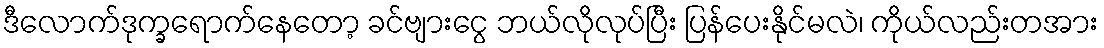
ဒီလောက်ဒုက္ခရောက်နေတော့ ခင်ဗျားငွေ ဘယ်လိုလုပ်ပြီး ပြန်ပေးနိုင်မလဲ၊ ကိုယ်လည်းတအား